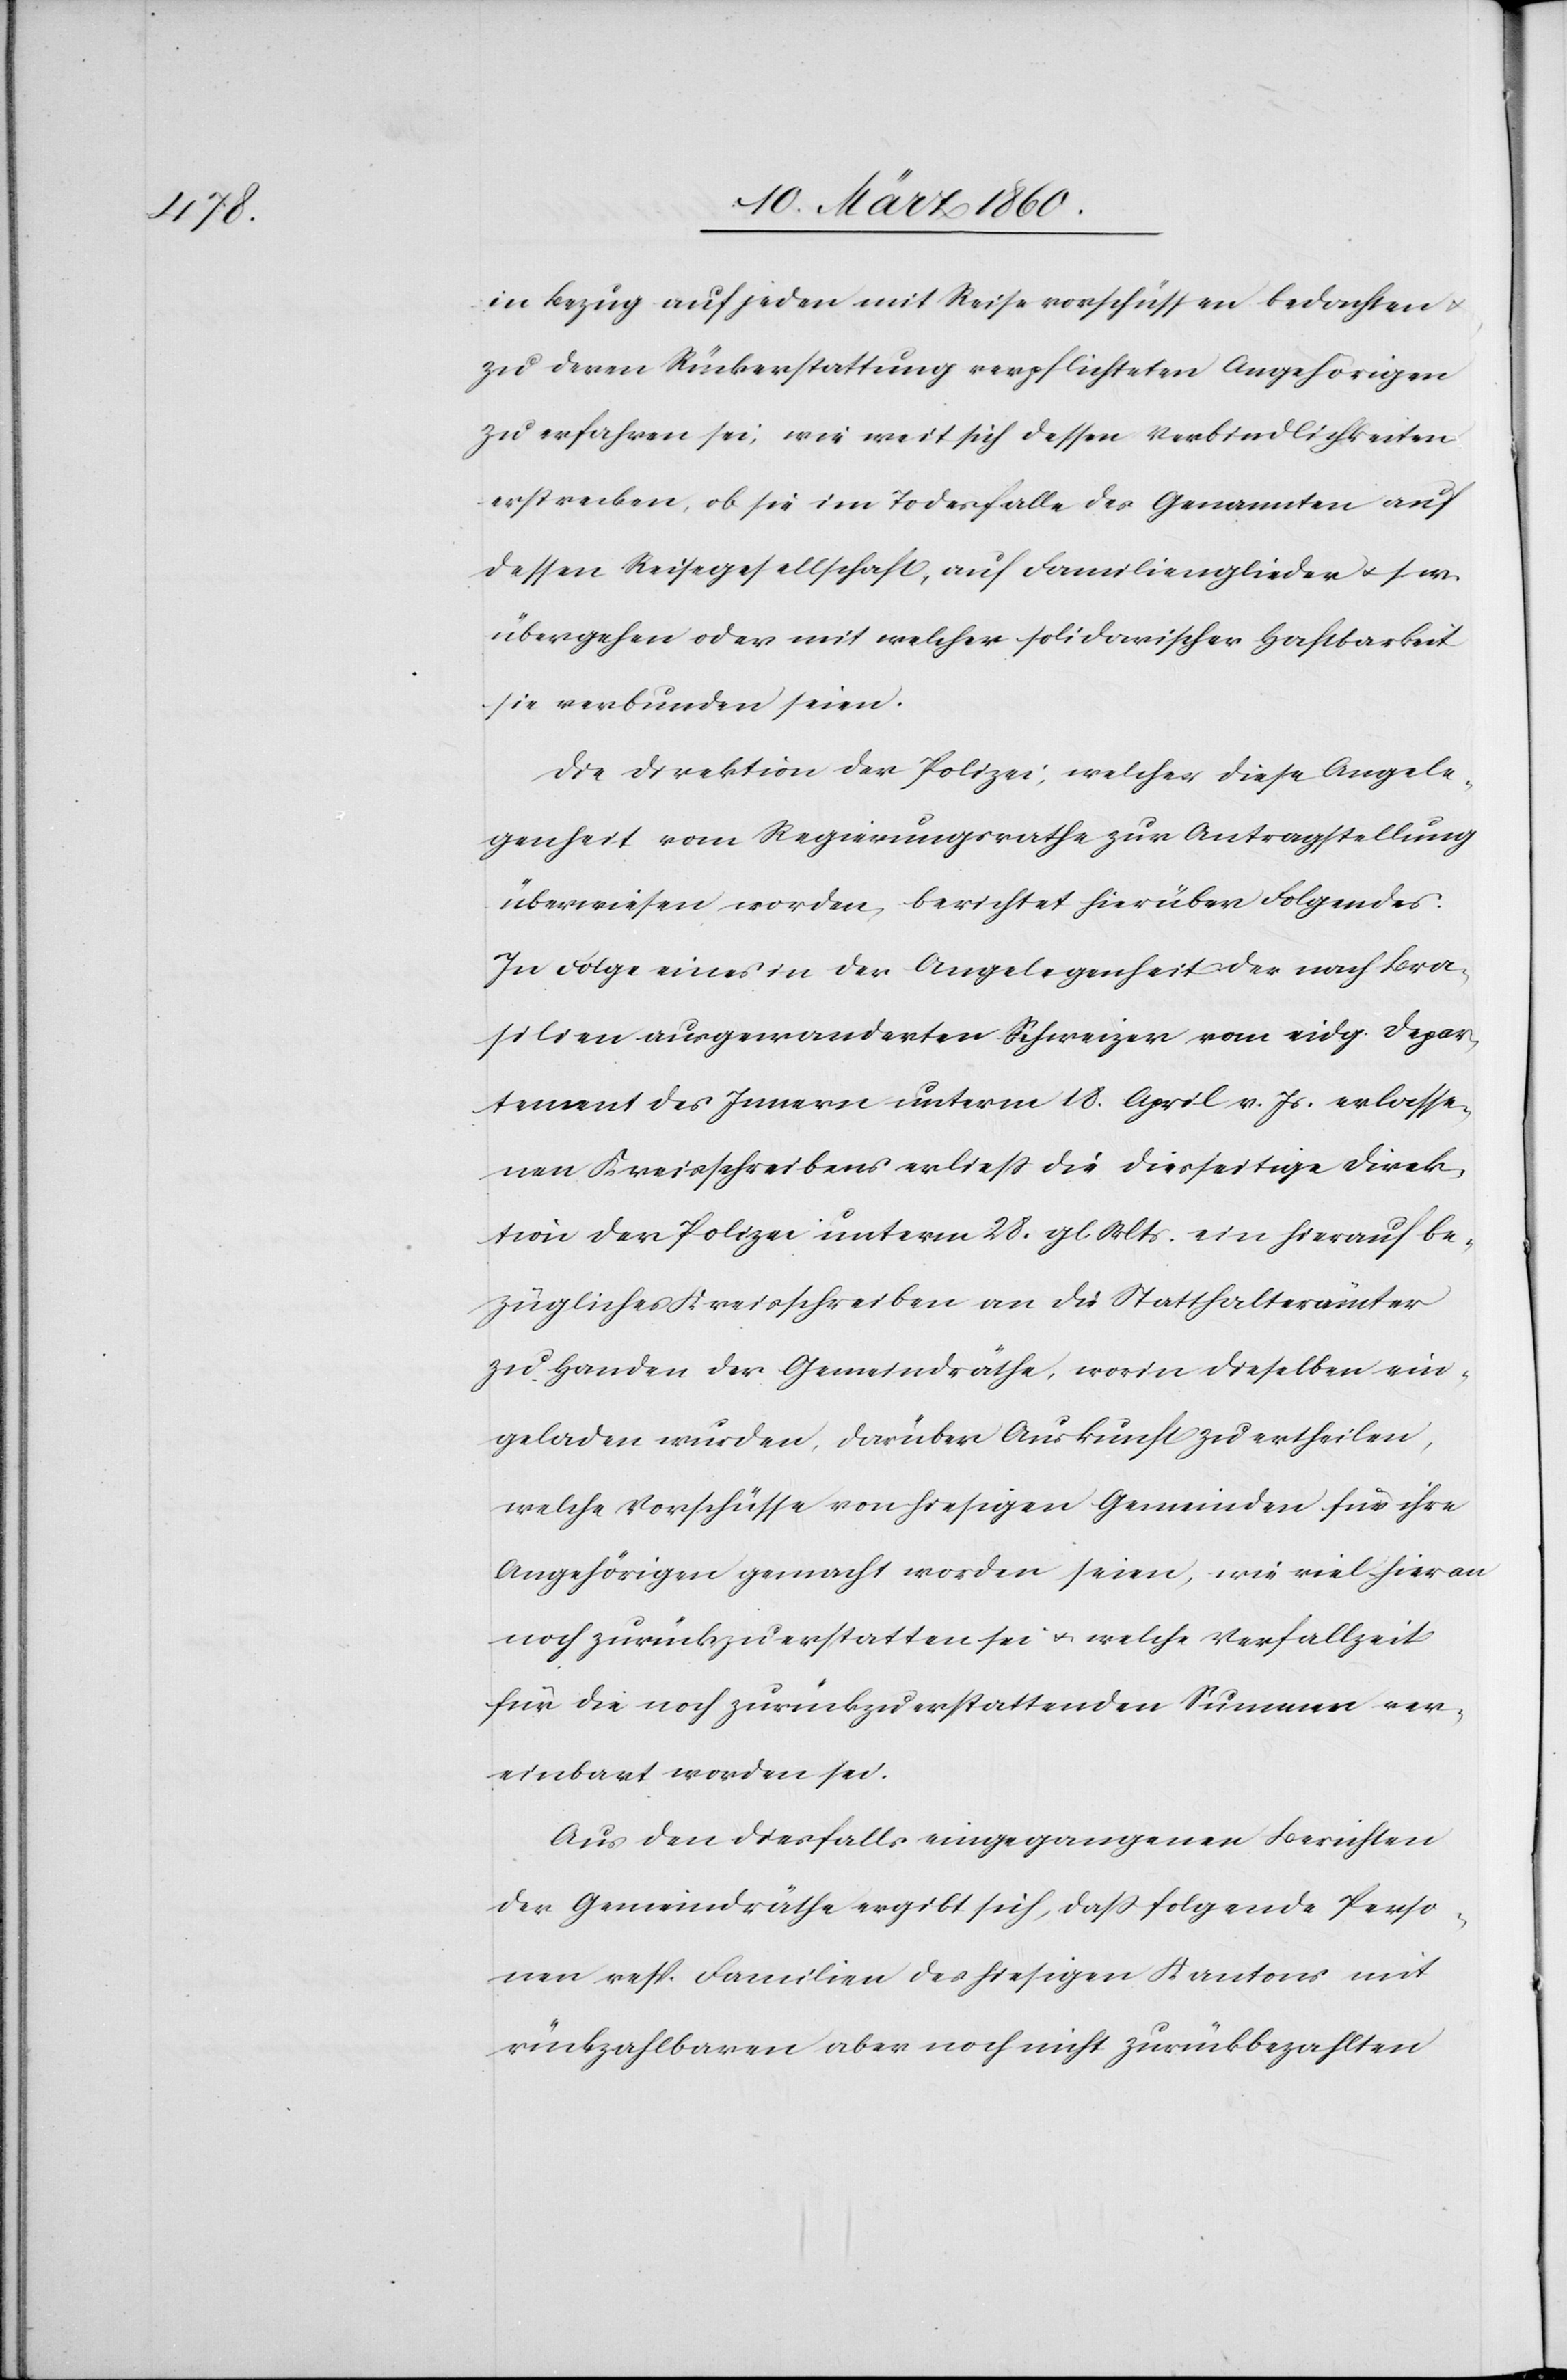
in Bezug auf jeden mit Reisevorschüssen bedachten u.
zu deren Rückerstattung verpflichteten Angehörigen
zu erfahren sei, wie weit sich dessen Verbindlichkeiten
erstrecken, ob sie im Todesfalle des Genannten auf
dessen Reisegesellschaft, auf Familienglieder u. s. w.
übergehen oder mit welcher solidarischer Haftbarkeit
sie verbunden seien.
Die Direktion der Polizei, welcher diese Angele¬
genheit vom Regierungsrathe zur Antragstellung
überwiesen worden, berichtet hierüber Folgendes.
In Folge eines in der Angelegenheit der nach Bra¬
silien ausgewanderten Schweizer vom eidg. Depar¬
tement des Innern unterm 18. April v. Js. erlasse¬
nen Kreisschreibens erliess die diesseitige Direk¬
tion der Polizei unterm 28. gl. Mts. ein hierauf be¬
zügliches Kreisschreiben an die Statthalterämter
zu Handen der Gemeindräthe, worin dieselben ein¬
geladen wurden, darüber Auskunft zu ertheilen,
welche Vorschüsse von hiesigen Gemeinden für ihre
Angehörigen gemacht worden seien, wie viel hier an
noch zurückzuerstatten sei u. welche Verfallzeit
für die noch zurückzuerstattenden Summen ver¬
einbart worden sei.
Aus den diesfalls eingegangenen Berichten
der Gemeindräthe ergibt sich, dass folgende Perso¬
nen resp. Familien des hiesigen Kantons mit
rückzahlbaren aber noch nicht zurückbezahlten